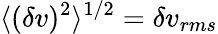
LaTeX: \langle(\delta v)^{2}\rangle^{1/2}=\delta v_{rms}